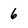
Character: 6